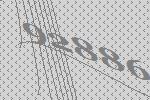
92886